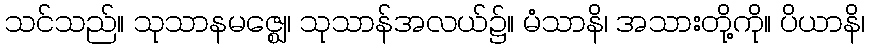
သင်သည်။ သုသာနမဇ္ဈေ၊ သုသာန်အလယ်၌။ မံသာနိ၊ အသားတို့ကို။ ပိယာနိ၊